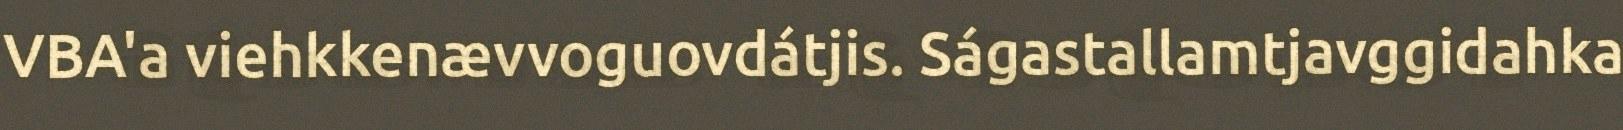
VBA'a viehkkenævvoguovdátjis. Ságastallamtjavggidahka